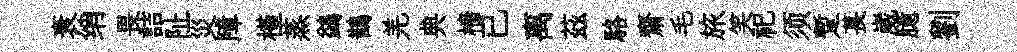
衰绡畏詰阯災障槿蒸鷁鵲羌典檣已离茲駱齋毛旅笑祀须蹔萇嵗臆劉